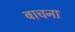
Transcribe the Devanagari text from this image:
बाचना